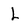
Character: L